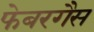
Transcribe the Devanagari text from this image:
फेबरगैस